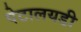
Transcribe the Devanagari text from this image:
पेटालयडी